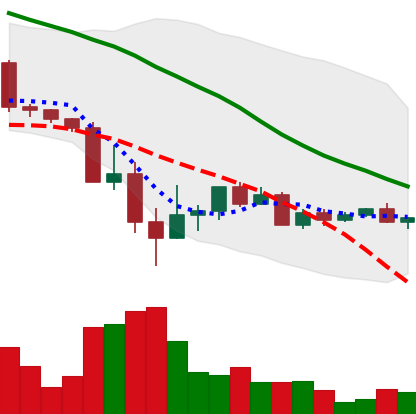
Ticker: ADA-USD
Chart end date: 2022-05-24
Forward return: -7.693%
Label: down_7plus